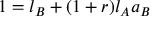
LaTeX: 1 = l _ { B } + ( 1 + r ) l _ { A } a _ { B }